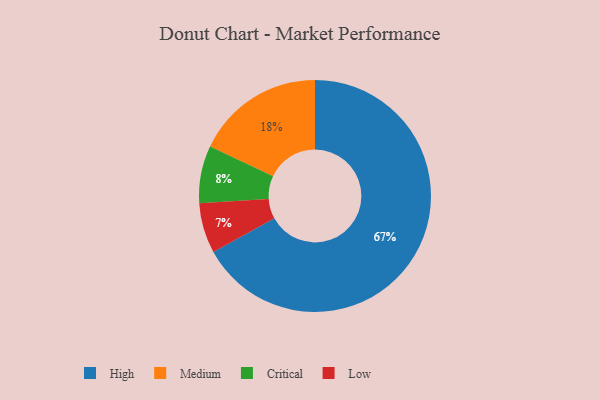
{"axis": {"x": "Category", "y": "Percentage"}, "legend": ["Critical", "High", "Low", "Medium"], "data": [{"x": "High", "y": 67, "type": "High"}, {"x": "Medium", "y": 18, "type": "Medium"}, {"x": "Low", "y": 7, "type": "Low"}, {"x": "Critical", "y": 8, "type": "Critical"}]}